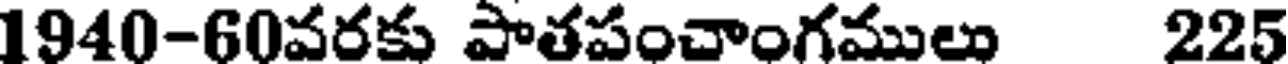
1940-60వరకు పాతపంచాంగములు 225